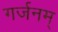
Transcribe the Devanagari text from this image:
गर्जनम्‌